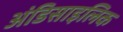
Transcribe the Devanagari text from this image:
अंडिसाइलिक